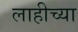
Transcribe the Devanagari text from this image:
लाहीच्या